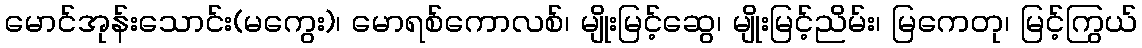
မောင်အုန်းသောင်း(မကွေး)၊ မောရစ်ကောလစ်၊ မျိုးမြင့်ဆွေ၊ မျိုးမြင့်ညိမ်း၊ မြကေတု၊ မြင့်ကြွယ်